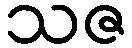
သဇ